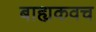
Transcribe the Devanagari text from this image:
बाह्यकवच